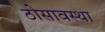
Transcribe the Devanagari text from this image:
ठोसावस्था